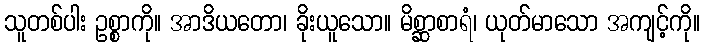
သူတစ်ပါး ဥစ္စာကို။ အာဒိယတော၊ ခိုးယူသော။ မိစ္ဆာစာရံ၊ ယုတ်မာသော အကျင့်ကို။